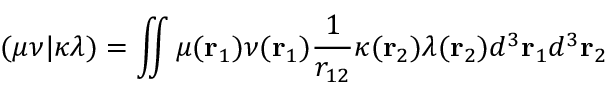
( \mu \nu | \kappa \lambda ) = \iint \mu ( \mathbf { r } _ { 1 } ) \nu ( \mathbf { r } _ { 1 } ) \frac { 1 } { r _ { 1 2 } } \kappa ( \mathbf { r } _ { 2 } ) \lambda ( \mathbf { r } _ { 2 } ) d ^ { 3 } \mathbf { r } _ { 1 } d ^ { 3 } \mathbf { r } _ { 2 }